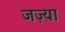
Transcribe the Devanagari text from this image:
जज़्या